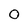
Character: O